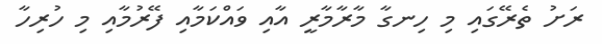
ރަށު ތެރޭގައި މި ހިނގާ މާރާމާރީ އާއި ވައްކަމާއި ފޭރުމާއި މި ހުރިހާ